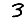
Digit: 3